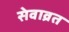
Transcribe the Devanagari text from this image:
सेवाव्रत